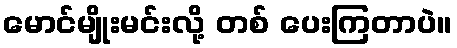
မောင်မျိုးမင်းလို့ တစ် ပေးကြတာပဲ။